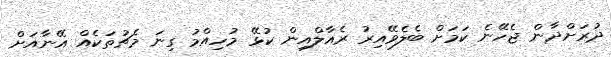
ދުރަށްދާން ޖެހޭނެ ކަމަށް ބެލެވޭއިރު ރެއާލްއިން ކުޅޭ މުހިއްމު ގިނަ މެޗުތަކެއް އޭނާއަށް